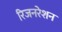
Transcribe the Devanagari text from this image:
रिजनरेशन